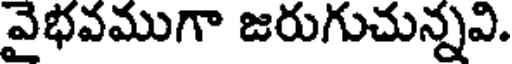
వైభవముగా జరుగుచున్నవి.